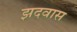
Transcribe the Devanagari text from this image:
झदवास